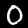
Label: 0